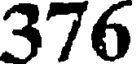
376